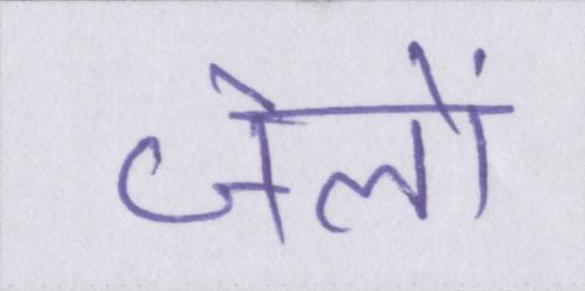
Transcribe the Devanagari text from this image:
जेलों